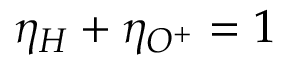
\eta _ { H } + \eta _ { O ^ { + } } = 1